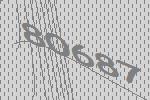
80687